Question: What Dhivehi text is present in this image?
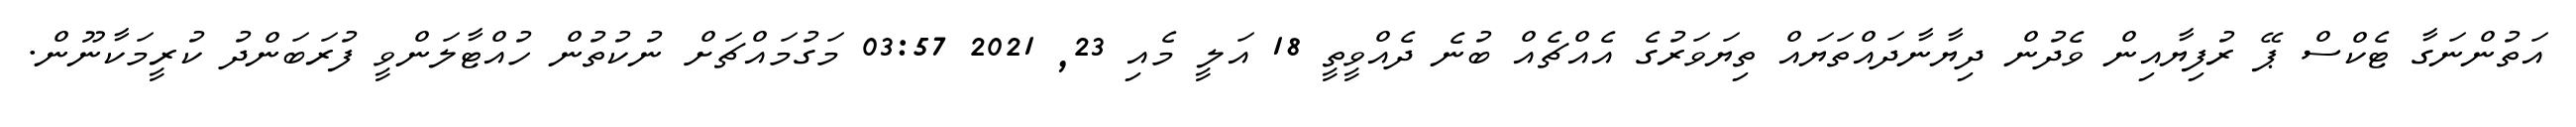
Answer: އަތުންނަގާ ޓެކްސް ޕޭ ރުފިޔާއިން ވެދުން ދިޔާނާދައްތަޔައް ތިޔަވަރުގެ އެއްޗެއް ބުނެ ދެއްވީތީ 18 އަލީ މެއި 23, 2021 03:57 މަގުމައްޗަށް ނުކުތުން ހުއްޓާލަންވީ ފުރަބަންދު ކުރީމަކާނޫން.